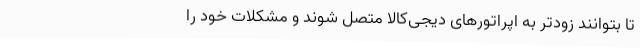
تا بتوانند زودتر به اپراتورهای دیجی‌کالا متصل شوند و مشکلات خود را